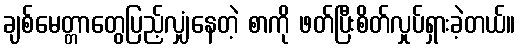
ချစ်မေတ္တာတွေပြည့်လျှံနေတဲ့ စာကို ဖတ်ပြီးစိတ်လှုပ်ရှားခဲ့တယ်။